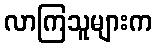
လာကြသူများက